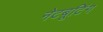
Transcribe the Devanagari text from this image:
नेटबूटिंग